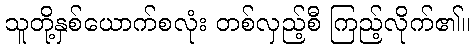
သူတို့နှစ်ယောက်စလုံး တစ်လှည့်စီ ကြည့်လိုက်၏။